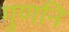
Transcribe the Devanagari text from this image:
गुणनि